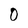
Character: 0